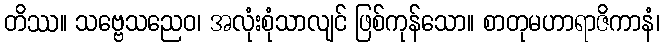
တိဿ။ သဗ္ဗေသညေဝ၊ အလုံးစုံသာလျင် ဖြစ်ကုန်သော။ စာတုမဟာရာဇိကာနံ၊